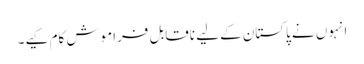
انہوں نے پاکستان کے لیے ناقابل فراموش کام کیے۔